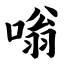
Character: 嗡